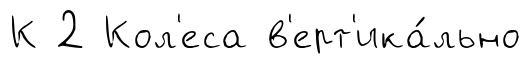
К 2 Кол'еса в'ерт'ика́льно